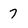
Character: 7